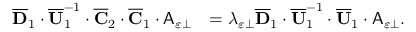
\begin{array} { r l } { \overline { { \mathbf { D } } } _ { 1 } \cdot \overline { { \mathbf { U } } } _ { 1 } ^ { - 1 } \cdot \overline { { \mathbf { C } } } _ { 2 } \cdot \overline { { \mathbf { C } } } _ { 1 } \cdot \mathsf { A } _ { \varepsilon \perp } } & { = \lambda _ { \varepsilon \perp } \overline { { \mathbf { D } } } _ { 1 } \cdot \overline { { \mathbf { U } } } _ { 1 } ^ { - 1 } \cdot \overline { { \mathbf { U } } } _ { 1 } \cdot \mathsf { A } _ { \varepsilon \perp } . } \end{array}